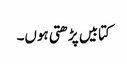
کتابیں پڑھتی ہوں۔